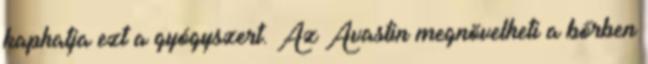
kaphatja ezt a gyógyszert. Az Avastin megnövelheti a bőrben